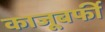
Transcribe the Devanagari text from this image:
काजूबर्फी